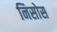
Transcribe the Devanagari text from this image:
निसोस